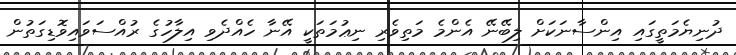
ދުނިޔެމަތީގައި އިންސާނަކަށް ލިބޭނޭ އެންމެ މަތިވެރި ނިޢުމަތަކީ އޭނާ ހެއްދެވި އިލާހުގެ ރުއްސަވައިވޮޑިގަތުން